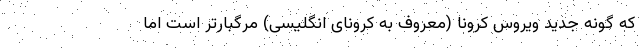
که گونه جدید ویروس کرونا (معروف به کرونای انگلیسی) مرگبارتر است اما